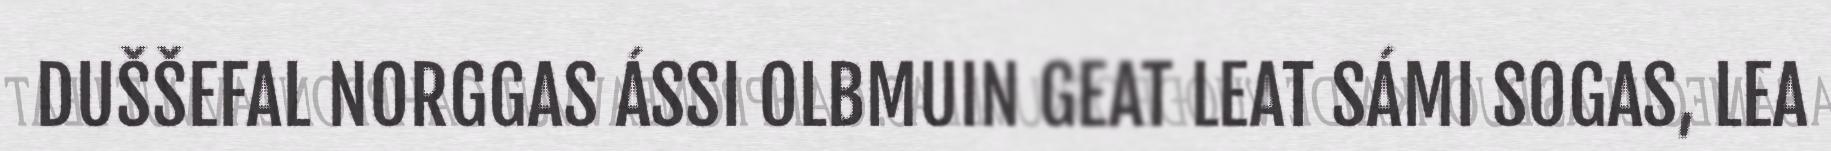
DUŠŠEFAL NORGGAS ÁSSI OLBMUIN GEAT LEAT SÁMI SOGAS, LEA